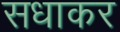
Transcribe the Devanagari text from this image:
सधाकर